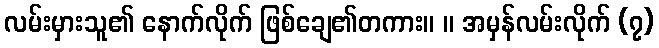
လမ်းမှားသူ၏ နောက်လိုက် ဖြစ်ချေ၏တကား။ ။ အမှန်လမ်းလိုက် (၇)